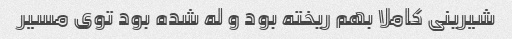
شیرینی کاملا بهم ریخته بود و له شده بود توی مسیر